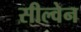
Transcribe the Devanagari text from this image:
सील्वेन